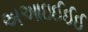
અઆઇઈઈઈ